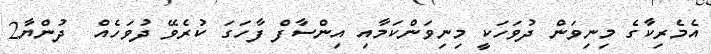
އެމެރިކާގެ މިނިވަން ދުވަހަކީ މިނިވަންކަމާއި އިންސާފް ފާހަގަ ކުރެވޭ ދުވަހެއް  ދުންޔާ2